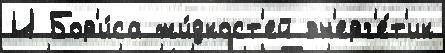
И Бор'и́са жи́дкост'ей эн'ерг'е́т'ик